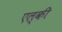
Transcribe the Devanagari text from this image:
एल्की